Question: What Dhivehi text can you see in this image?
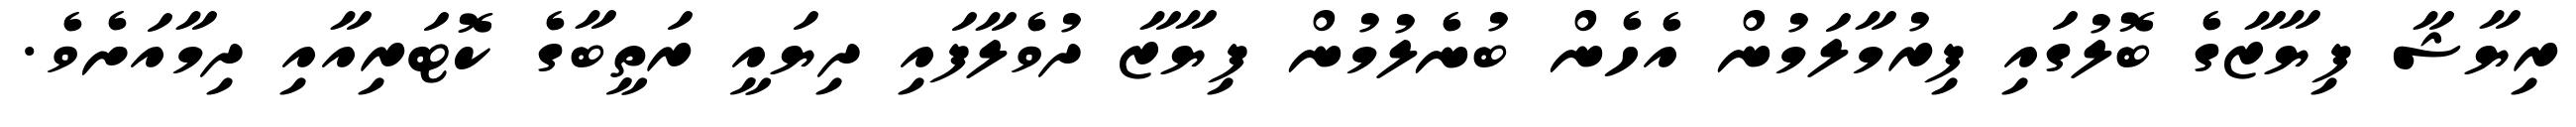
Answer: ރިޔާޝާ ފިޔާޒާގެ ބޮލުގައި ފިރުމާލަމުން އެހެން ބުނެލުމުން ފިޔާޒާ ދުވެލާފައި ދިޔައީ ރަތީބާގެ ކޮޓަރިއާއި ދިމާއަށެވެ.